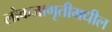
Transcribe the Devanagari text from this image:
लोकजागृतीमधील